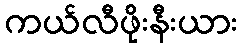
ကယ်လီဖိုးနီးယား